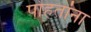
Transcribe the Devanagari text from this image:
पोहतांना